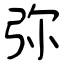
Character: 弥